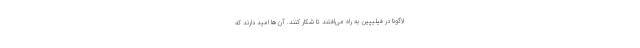
لاگونا در فیلیپین به راه می‌افتند تا شکار کنند. آن‌ها امید دارند که